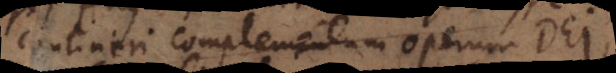
contineri complementum operum Dei,